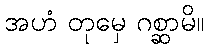
အဟံ တုမှေ ဂစ္ဆာမိ။